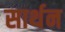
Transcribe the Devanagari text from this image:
सार्थन